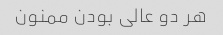
هر دو عالی بودن ممنون